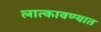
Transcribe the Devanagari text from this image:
लात्कावण्यात